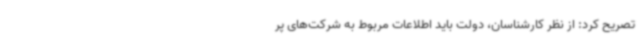
تصریح کرد: از نظر کارشناسان، دولت باید اطلاعات مربوط به شرکت‌های پر